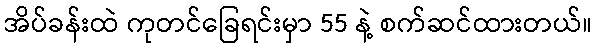
အိပ်ခန်းထဲ ကုတင်ခြေရင်းမှာ 55 နဲ့ စက်ဆင်ထားတယ်။